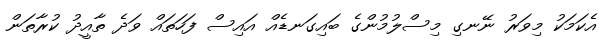
އެކަމަކު މިވަރު ނޭނގި މިސްލުމުންގެ ބައިގަނޑެއް އައިސް ފަހަތައް ވަދެ ތާއީދު ކުރާތަން